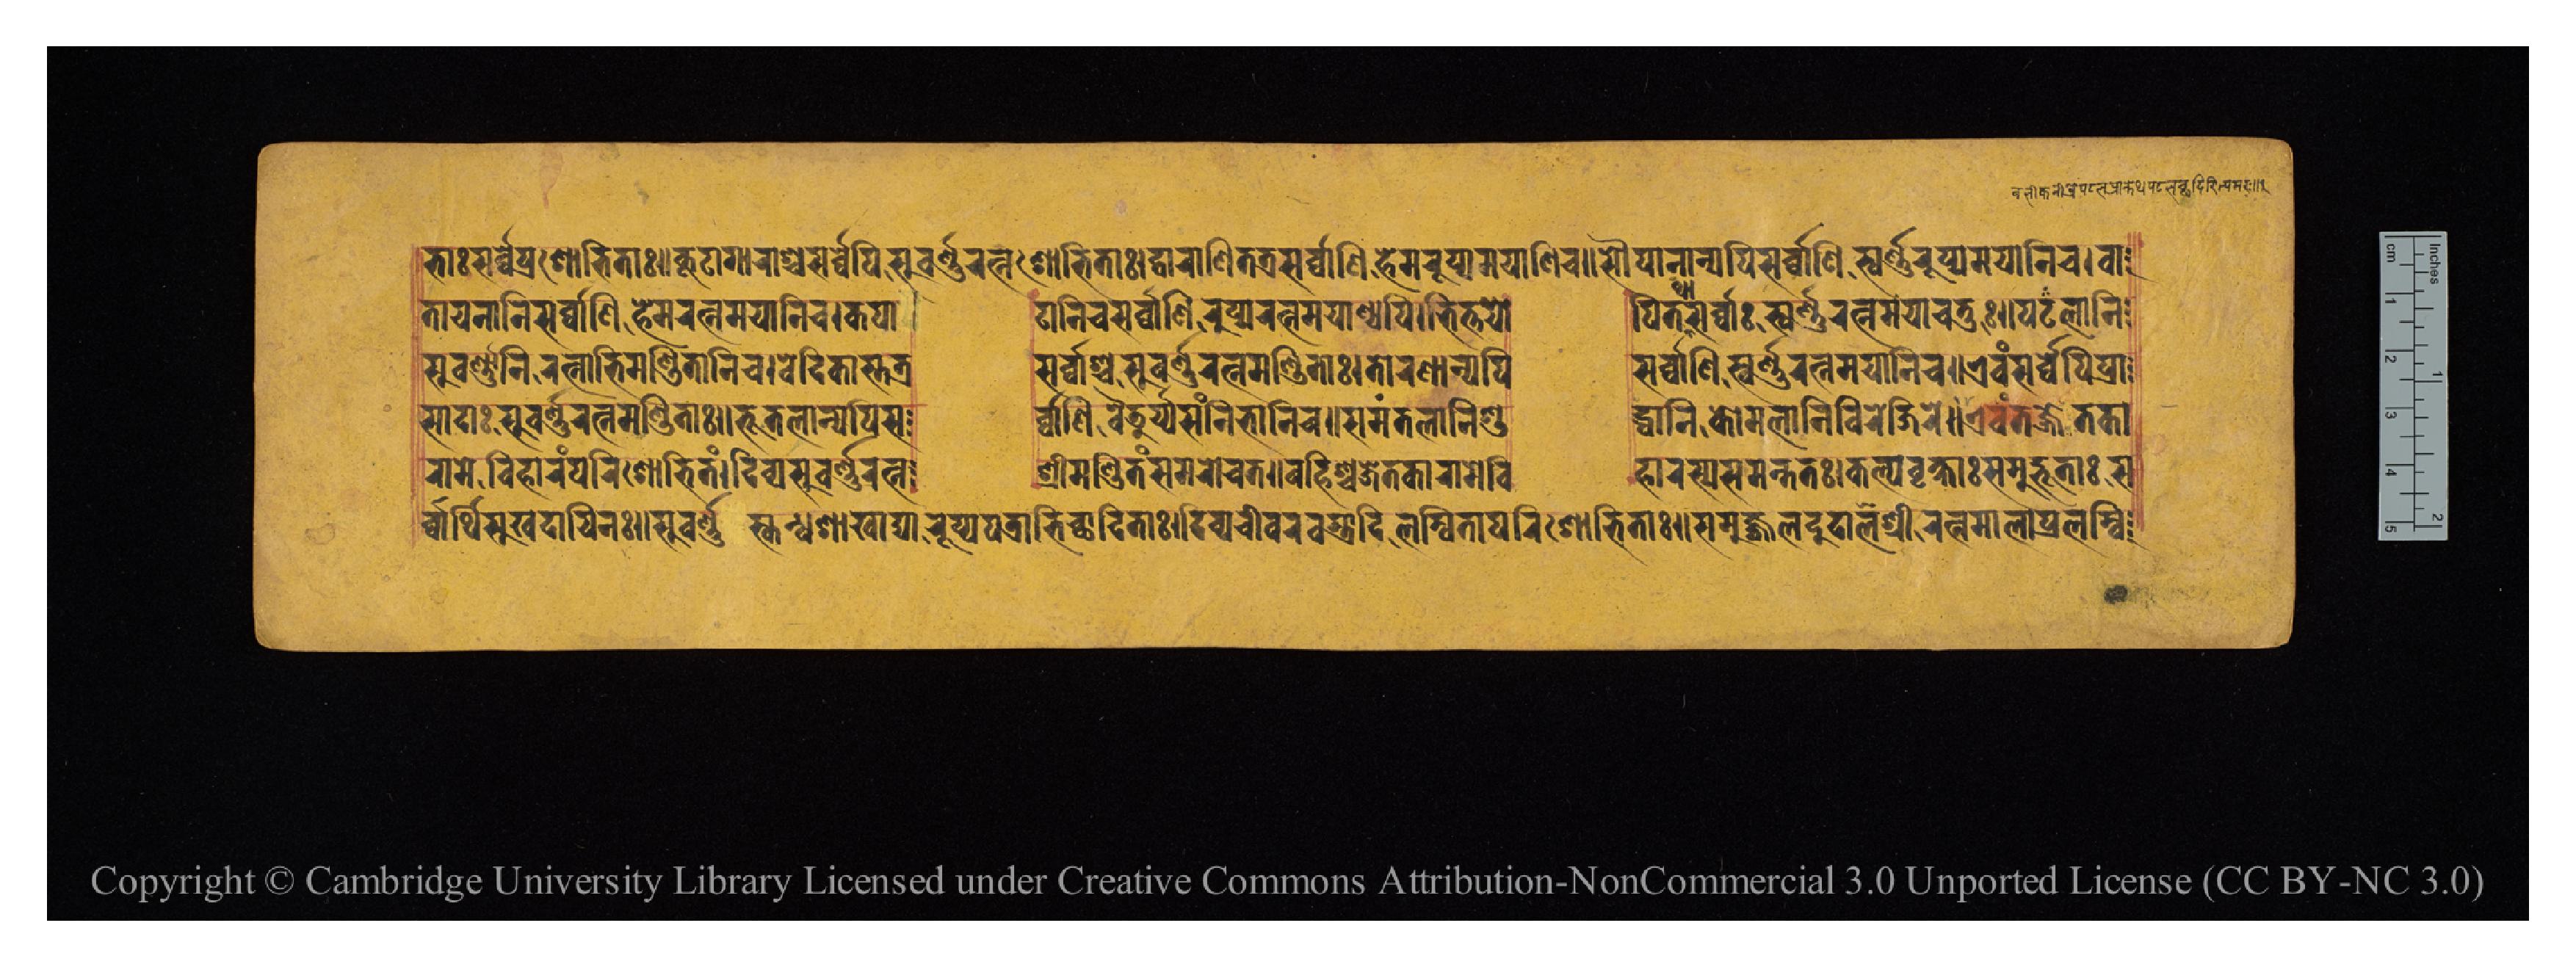
𑐨𑐵𑑅𑐳𑐬𑑂𑐰𑑂𑐰𑐾𑐥𑑂𑐬𑐱𑑀𑐨𑐶𑐟𑐵𑑅𑑌𑐎𑐹𑐚𑐵𑐐𑐵𑐬𑐵𑐱𑑂𑐔𑐳𑐬𑑂𑐰𑑂𑐰𑐾𑐥𑐶𑐳𑐸𑐰𑐬𑑂𑐞𑐬𑐟𑑂𑐣𑐱𑑀𑐨𑐶𑐟𑐵𑑅𑑋𑐡𑑂𑐰𑐵𑐬𑐵𑐞𑐶𑐟𑐟𑑂𑐬𑐳𑐬𑑂𑐰𑑂𑐰𑐵𑐞𑐶𑐴𑐾𑐩𑐬𑐸𑐥𑑂𑐫𑐩𑐫𑐵𑐣𑐶𑐔𑑌𑐳𑑀𑐥𑐵𑐣𑐵𑐣𑑂𑐫𑐥𑐶𑐳𑐬𑑂𑐰𑑂𑐰𑐵𑐞𑐶𑐳𑑂𑐰𑐬𑑂𑐞𑐬𑐸𑐥𑑂𑐫𑐩𑐫𑐵𑐣𑐶𑐔𑑋𑐰𑐵 𑐳𑐸𑐰𑐬𑑂𑐞𑐵𑐣𑐶𑐬𑐟𑑂𑐣𑐵𑐨𑐶𑐩𑐞𑑂𑐜𑐶𑐟𑐵𑐣𑐶𑐔𑑋𑐰𑐾𑐡𑐶𑐎𑐵𑐳𑑂𑐟𑐟𑑂𑐬  𑐳𑐬𑑂𑐰𑑂𑐰𑐵𑐱𑑂𑐔𑐳𑐸𑐰𑐬𑑂𑐞𑐬𑐟𑑂𑐣𑐩𑐞𑑂𑐜𑐶𑐟𑐵𑑅𑑋𑐟𑑀𑐬𑐞𑐵𑐣𑑂𑐫𑐥𑐶  𑐳𑐬𑑂𑐰𑑂𑐰𑐵𑐞𑐶𑐳𑑂𑐰𑐬𑑂𑐞𑐬𑐟𑑂𑐣𑐩𑐫𑐵𑐣𑐶𑐔𑑌𑐊𑐰𑑄𑐳𑐬𑑂𑐰𑑂𑐰𑐾𑐥𑐶𑐥𑑂𑐬𑐵 𑐟𑐵𑐫𑐣𑐵𑐣𑐶𑐳𑐬𑑂𑐰𑑂𑐰𑐵𑐞𑐶𑐴𑐾𑐩𑐬𑐟𑑂𑐣𑐩𑐫𑐵𑐣𑐶𑐔𑑋𑐎𑐥𑐵  𑐚𑐵𑐀𑐣𑐶𑐔𑐳𑐬𑑂𑐰𑑂𑐰𑐵𑐞𑐶𑐬𑐸𑐥𑑂𑐫𑐬𑐟𑑂𑐣𑐩𑐫𑐵𑐞𑑂𑐫𑐥𑐶𑑋𑐨𑐶𑐟𑑂𑐟𑐫𑑀  𑐥𑐶𑐟𑐠𑐵𑐳𑐬𑑂𑐰𑑂𑐰𑐵𑑅𑐳𑑂𑐰𑐬𑑂𑐞𑐬𑐟𑑂𑐣𑐩𑐫𑐵𑐧𑐨𑐸𑑅𑑌𑐥𑐚𑐮𑐵𑐣𑐶 𑐳𑐵𑐡𑐵𑑅𑐳𑐸𑐰𑐬𑑂𑐞𑐬𑐟𑑂𑐣𑐩𑐞𑑂𑐜𑐶𑐟𑐵𑑅𑑌𑐨𑐹𑐟𑐮𑐵𑐣𑑂𑐫𑐥𑐶𑐳  𑐬𑑂𑐰𑑂𑐰𑐵𑐞𑐶𑐰𑐿𑐜𑐹𑐬𑑂𑐫𑐳𑑄𑐣𑐶𑐨𑐵𑐣𑐶𑐔𑑌𑐳𑐩𑑄𑐟𑐮𑐵𑐣𑐶𑐱𑐸  𑐡𑑂𑐢𑐵𑐣𑐶𑐎𑑀𑐩𑐮𑐵𑐣𑐶𑐰𑐶𑐬𑐾𑐖𑐶𑐬𑐾𑑌𑐊𑐰𑑄𑐟𑐖𑑂𑐖𑐵𑐟𑐎𑐵 𑐬𑑂𑐰𑑂𑐰𑐵𑐬𑑂𑐠𑐶𑐳𑐸𑐏𑐡𑐵𑐫𑐶𑐣𑑅𑑌𑐳𑐸𑐰𑐬𑑂𑐞𑐳𑑂𑐎𑐣𑑂𑐢𑐱𑐵𑐏𑐵𑐝𑑂𑐫𑐵𑐬𑐸𑐥𑑂𑐫𑐥𑐟𑑂𑐬𑐵𑐨𑐶𑐔𑑂𑐕𑐵𑐡𑐶𑐟𑐵𑑅𑑋𑐡𑐶𑐰𑑂𑐫𑐔𑐷𑐰𑐬𑐎𑑂𑐫𑐵𑐡𑐶𑐮𑐩𑑂𑐧𑐶𑐟𑐵𑐥𑐬𑐶𑐱𑑀𑐨𑐶𑐟𑐵𑑅𑑌𑐳𑐩𑐸𑐖𑑂𑐖𑑂𑐰𑐮𑐡𑐸𑐡𑐵𑐬𑐱𑑂𑐬𑐷𑐬𑐟𑑂𑐣𑐩𑐵𑐮𑐵𑐥𑑂𑐬𑐮𑐩𑑂𑐧𑐶 𑐬𑐵𑐩𑐾𑐰𑐶𑐴𑐵𑐬𑑄𑐥𑐬𑐶𑐱𑑀𑐨𑐶𑐟𑑄𑑋𑐡𑐶𑐰𑑂𑐫𑐳𑐸𑐰𑐬𑑂𑐞𑐬𑐟𑑂𑐣  𑐱𑑂𑐬𑐷𑐩𑐞𑑂𑐜𑐶𑐟𑑄𑐳𑐩𑐬𑑀𑐔𑐟𑑌𑐧𑐴𑐶𑐱𑑂𑐔𑐖𑐾𑐟𑐎𑐵𑐬𑐵𑐩𑐾𑐰𑐶  𑐴𑐵𑐬𑐳𑑂𑐫𑐳𑐩𑐣𑑂𑐟𑐟𑑅𑑋𑐎𑐮𑑂𑐥𑐰𑐺𑐎𑑂𑐲𑐵𑑅𑐳𑐩𑐸𑐡𑑂𑐨𑐹𑐟𑐵𑑅𑐳